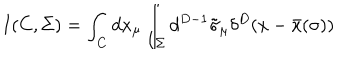
I ( C , \Sigma ) = \int _ { C } d x _ { \mu } \int _ { \Sigma } d ^ { D - 1 } \tilde { \sigma } _ { \mu } \delta ^ { D } ( x - \bar { x } ( \sigma ) )